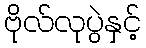
ဗိုလ်လုပွဲနှင့်